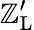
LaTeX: \mathbb{Z}_{\mathrm{{L}}}^{\prime}